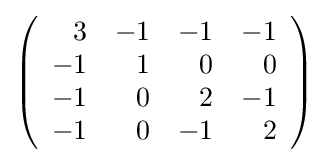
{\textstyle \left({\begin{array}{rrrr}3&-1&-1&-1\\-1&1&0&0\\-1&0&2&-1\\-1&0&-1&2\\\end{array}}\right)}